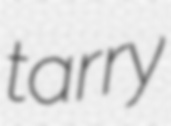
tarry